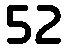
52